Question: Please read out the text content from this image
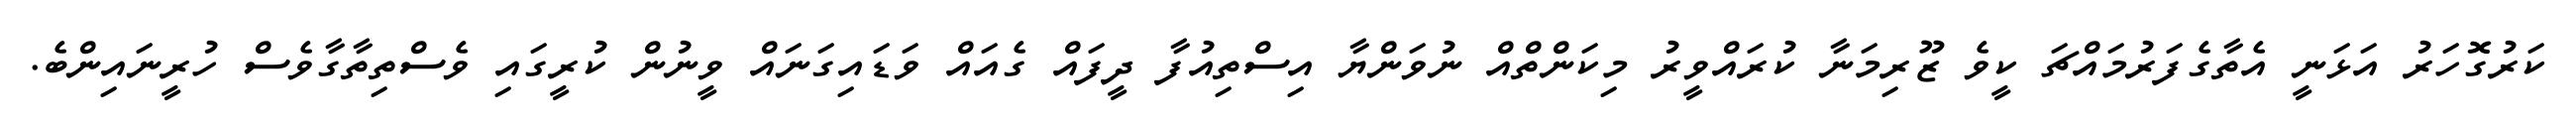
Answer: ކަރުގޮހަރު އަޅަނީ އެތާގެފަރުމައްޗަ ކީވެ ޒޫރިމަނާ ކުރައްވީރު މިކަންތްއް ނުވަންޔާ އިސްތިއުފާ ދީފައް ގެއައް ވަޑައިގަނައް ވީނުން ކުރީގައި ވެސްތިތާގާވެސް ހުރީނައިންބެ.